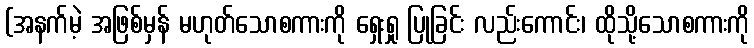
(အနက်မဲ့ အဖြစ်မှန် မဟုတ်သောစကားကို ရှေးရှု ပြုခြင်း လည်းကောင်း၊ ထိုသို့သောစကားကို